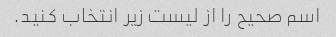
اسم صحیح را از لیست زیر انتخاب کنید.